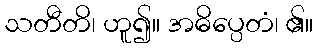
သတီတိ၊ ဟူ၍။ အဓိပ္ပေတံ၊ ၏။